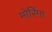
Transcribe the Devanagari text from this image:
मोरिंगा